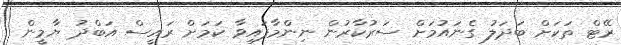
ރޭޓް ތަކަށް ބަދަލު ގެނައުމަށް ސަރުކާރުން ނިންމާފައިވާ ކަމަށް ރައީސް އަބްދު ޔާމީން